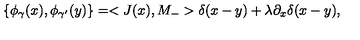
\left\{ \phi _ { \gamma } ( x ) , \phi _ { \gamma ^ { \prime } } ( y ) \right\} = < J ( x ) , M _ { - } > \delta ( x - y ) + \lambda \partial _ { x } \delta ( x - y ) ,